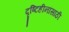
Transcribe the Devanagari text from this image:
दृष्टिहीनांसाठी